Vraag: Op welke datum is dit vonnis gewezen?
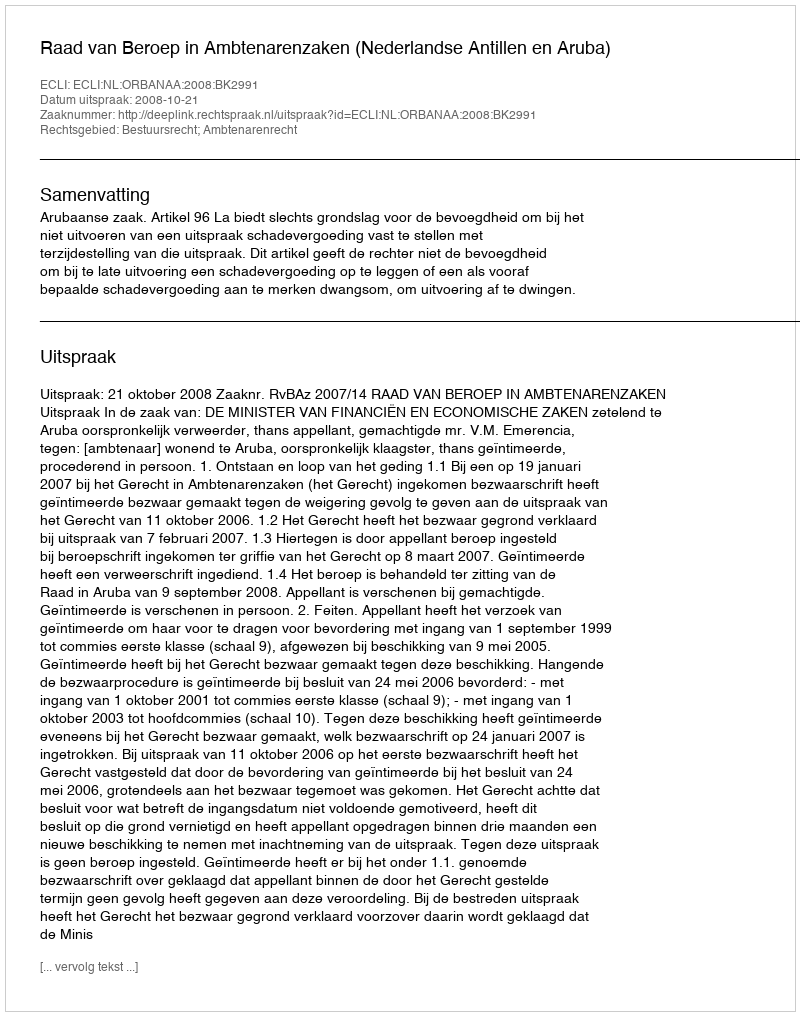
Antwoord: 2008-10-21